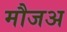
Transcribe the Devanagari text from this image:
मौजअ